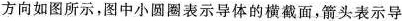
方向如图所示，图中小圆圈表示导体的横截面，箭头表示导